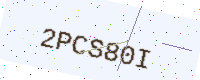
Text: 2PCS80I